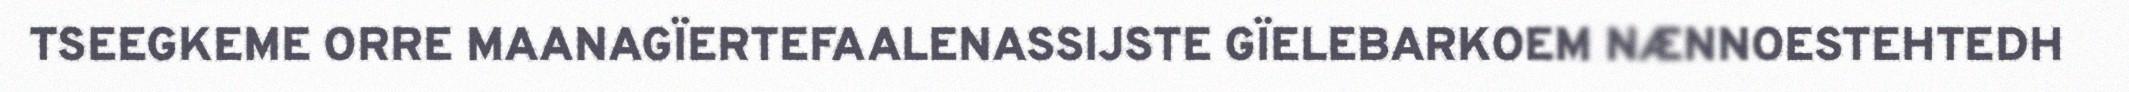
TSEEGKEME ORRE MAANAGÏERTEFAALENASSIJSTE GÏELEBARKOEM NÆNNOESTEHTEDH